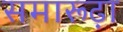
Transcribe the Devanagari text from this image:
समारूढ़ा